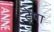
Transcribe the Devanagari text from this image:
ट्रेपा